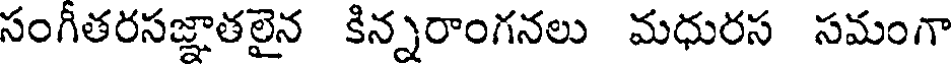
సంగీతరసజ్ఞాతలైన కిన్నరాంగనలు మధురస సమంగా